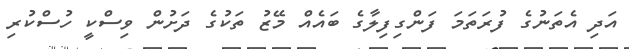
އަދި އެތަނުގެ ފުރަތަމަ ފަންގިފިލާގެ ބައެއް މޭޒު ތަކުގެ ދަށުން ވިސްކީ ހުސްކުރި